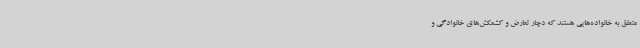
متعلق به خانواده‌هایی هستند که دچار تعارض و کشمکش‌های خانوادگی و